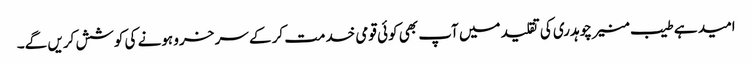
امید ہے طیب منیر چوہدری کی تقلید میں آپ بھی کوئی قومی خدمت کر کے سر خرو ہونے کی کوشش کریں گے۔